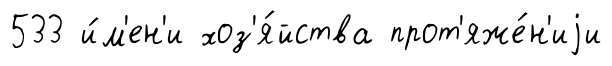
533 и́м'ен'и хоз'я́йства прот'яже́н'иjи